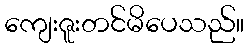
ကျေးဇူးတင်မိပေသည်။